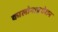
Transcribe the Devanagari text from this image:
कालोनाइजेशन